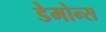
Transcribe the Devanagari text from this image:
डेमोन्स